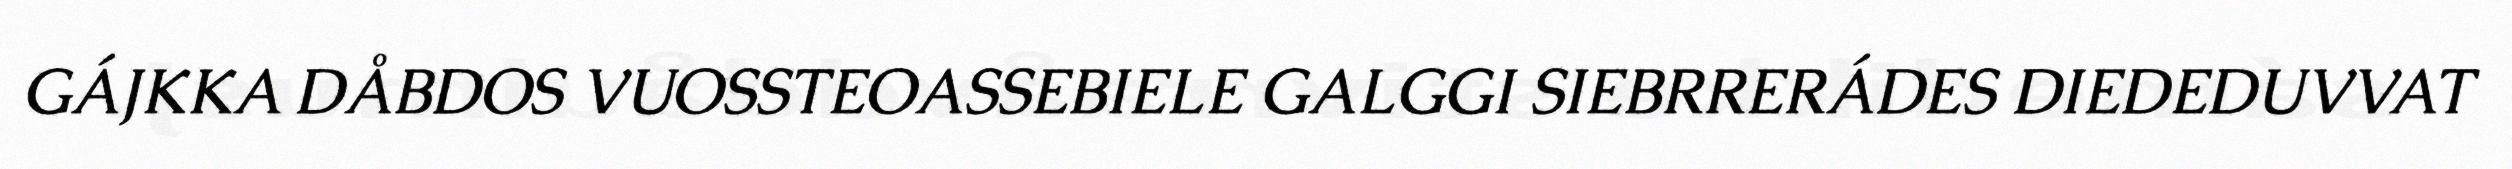
GÁJKKA DÅBDOS VUOSSTEOASSEBIELE GALGGI SIEBRRERÁDES DIEDEDUVVAT